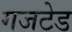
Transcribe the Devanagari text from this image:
गजटेड